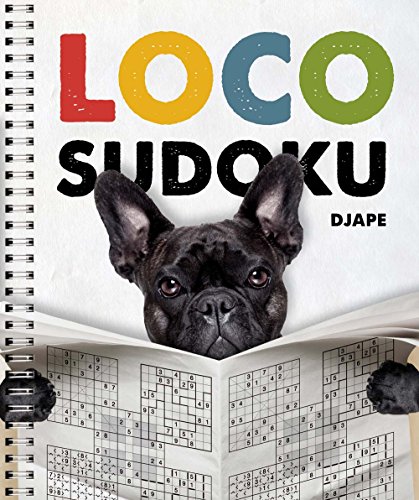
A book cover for Loco Sudoku; Djape; Humor & Entertainment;